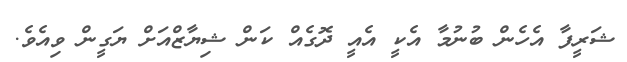
ޝަރީފާ އެހެން ބުނުމާ އެކީ އެއީ ދޮގެއް ކަން ޝިޔާޒްއަށް ޔަގީން ވިއެވެ.